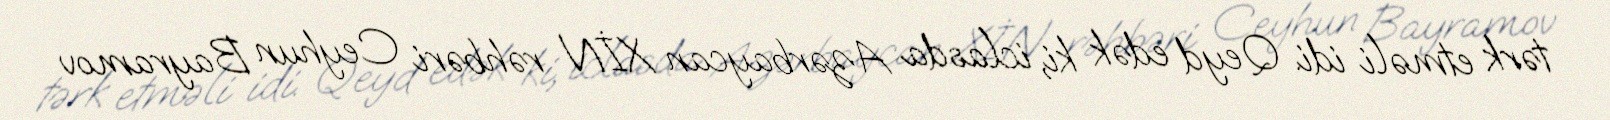
tərk etməli idi. Qeyd edək ki, iclasda Azərbaycan XİN rəhbəri Ceyhun Bayramov